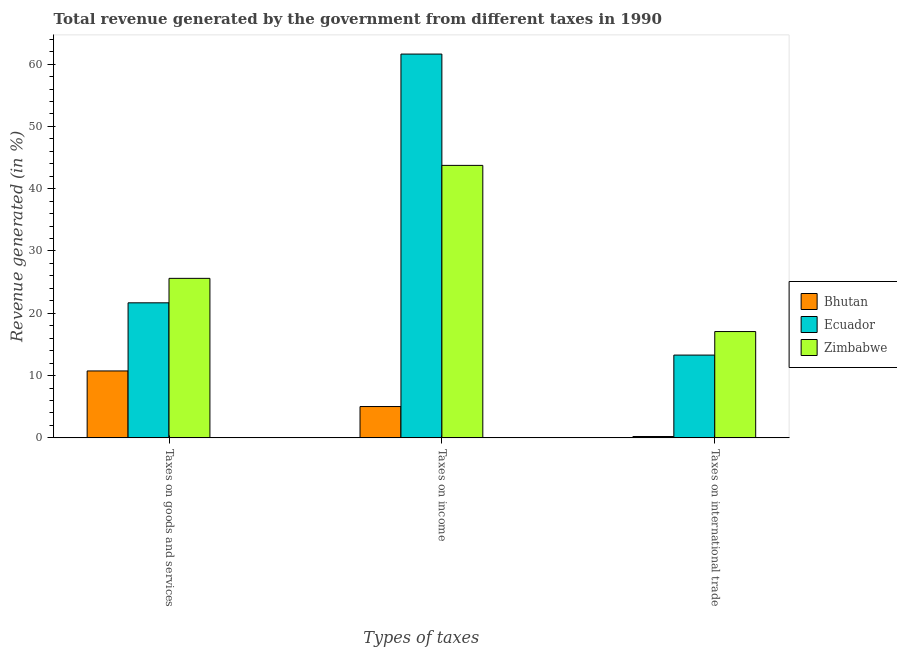
| Types of taxes | Bhutan | Ecuador | Zimbabwe |
 | --- | --- | --- | --- |
 | Taxes on goods and services | 10.7 | 21.7 | 25.6 |
 | Taxes on income | 5.03 | 61.6 | 43.7 |
 | Taxes on international trade | 0.219 | 13.3 | 17.1 |